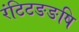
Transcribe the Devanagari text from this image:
रंटिटङङषि